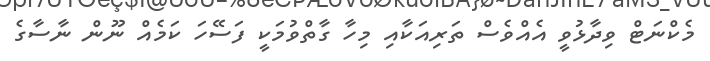
މެކްނަޓް ވިދާޅުވީ އެއްވެސް ތަރިއަކާއި މިހާ ގާތްވުމަކީ ފަސޭހަ ކަމެއް ނޫން ނާސާގެ